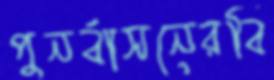
পুনর্বাসনেরবি